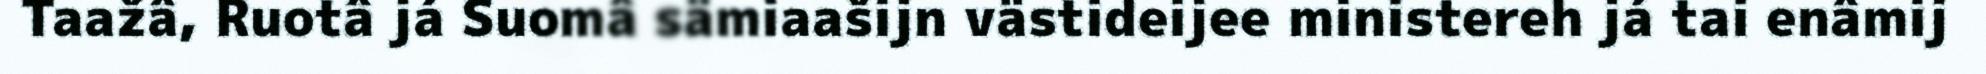
Taažâ, Ruotâ já Suomâ sämiaašijn västideijee ministereh já tai enâmij